Vital statistics of India. Vol. IV, Annual returns from 1871 to 1876. British Army of India, Native Army and jails of Bengal
Year: 1871
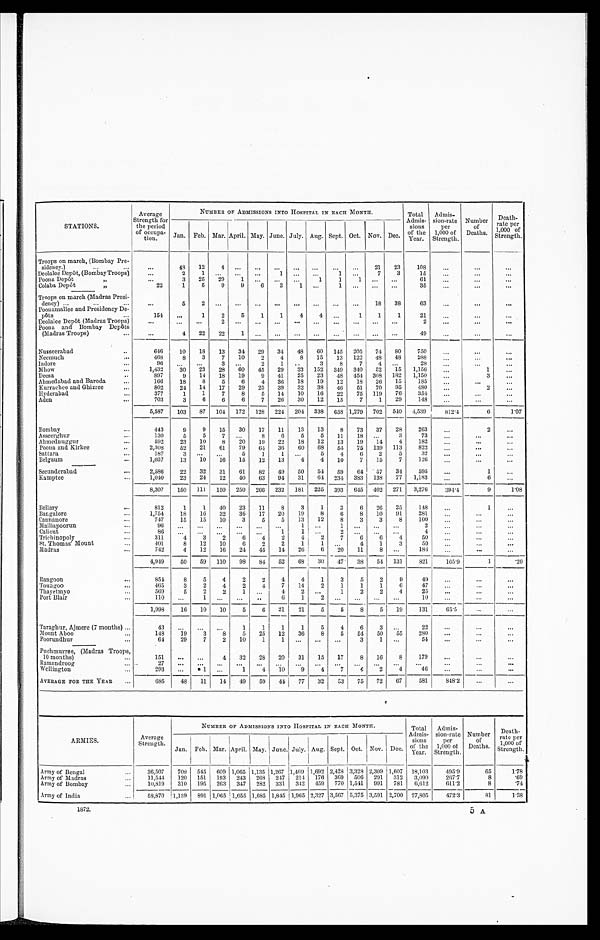
STATIONS.
Average
Strength for
the period
of occupa-
tion.
NUMBER OF ADMISSIONS INTO HOSPITAL IN EACH MONTH.
Total
Admis-
sions
of the
Year.
Admis-
sion-rate
per
1,000 of
Strength.
Number
of
Deaths.
Death-
rate per
1,000 of
Strength.
Jan. Feb. Mar. April. May. June. July. Aug. Sept. Oct. Nov. Dec.
Troops on march, (Bombay Pre-
sidency.)
... ...
...
48 12
4 .....................
21 23
108
...
...
...
Deolalee Depôt, (Bombay Troops)
...
2
1 ... ... ...
1 ... ...
1 ...
7
3
15 ...
...
...
Poona Depôt „
...
3 25 29 1 ... ... ...
1
1
1 ......
61
...
... ...
Colaba Depôt
„
22
1
5
9
9
6
3
1 ... 1 ......... 35
... ...
...
Troops on march (Madras Presi-
dency) ...
... ...
...
5
2
........................
18 38
63
...
...
...
Poonamallee and Presidency De-
pôts ...
154 ...
1
2
5
1
1
4
4 ...
1
1
1
21
...
...
...
Deolalee Depôt (Madras Troops)
...
... ... 2 ...........................
2
...
...
...
Poona and Bombay Depôts
(Madras Troops)
...
...
4 22 22
1 ........................
49 ...
...
...
Nusseerabad
...
646
10 18 13 34 29 34 48 60 145 205 74 80
750
...
...
...
Neemuch ...
468
8
3
7 10
2
4
8 15 13 122 48 48
288 ...
. . .
...
Indore
... 96
......3 ... 2
1 ...
3
8
7
4 ...
28
... ...
...
Mhow
1,432
30 23 28 60 45 29 33 152 349 340 52 15 1,156 ...
1
...
Deesa
...
897
9 14 18 19
9 41 25 23 48 454 308 182 1,150 ...
3
...
Ahmedabad and Baroda
...
166
18
8
5
6
4 36 18 19 12 18 26 15
185
...
... ...
Kurrachee and Ghizree
...
802
24 14 17 29 25 39 32 38 46 51 70 95
480
...
2
...
Hyderabad
...
377
1
1
7
8
5 14 10 16 22 75 119 76
354
...
... ...
Aden
...
703
3
6
6
6
7 26 30 12 15
7
1 29
148 ...
...
...
5,587 103 87 104 172 128 224 204 338 658 1,279 702 540 4,539
812.4
6
1.07
Bombay
...
443
9
9 15 30 17 11 13 13
8 73 37 28
263
...
2
...
Asseerghur
130
5
5 7 ... 8
6
5
5 11
18 ...
3
73
...
...
...
Ahmednuggur
...
592
23 10
8 20 19 22 18 12 13 19 14
4
182
...
...
...
Poona and Kirkee
...
2,308
52 21 61 79 64 36 60 68 54 75 139 113
822
...
...
...
Sattara
...
187
3 ...... 5
1
1 ...
5
4
6
2
5
32
... ...
...
Belgaum...
1,037
13 10 16 15 12 13
4
4 10
7 15
7
126 ...
...
...
Secunderabad ...
2,586
22 32 31 61 82 49 50 54 59 64 57 34
595 ...
1
...
Kamptee
1,040
23 24 12 40 63 94 31 64 234 383 138 77 1,183
...
6
...
8,307 150 111 150 250 266 232 181 225 393 645 402 271 3,276
394.4
9
1.08
Bellary
...
812
1
1 40 23 11
8
3
1
3
6 26 25
148 ...
1
...
Bangalore
1,754
18 16 32 36 17 20 19
8
6
8 10 91
281
...
... ...
Cannanore
...
747
15 15 10
3
5
5 13 12
8
3
3
8
100 ...
...
...
Malliapoorun
96 .................. 1 ...
1 .........
2 ... ... ...
Calicut
...
86 ............... 1
1 ...2 .........
4
...
...
...
Trichinopoly ...
311
4
3
2
6
4
2
4
2
7
6
6
4
50
...
... ...
St. Thomas’ Mount
401
8 12 10
6
2
2
1 1 ... 4
1
3
50
...
...
...
Madras
742
4 12 16 24 45 14 26
6 20 11
8 ... 186
...
... ...
4,949
50 59 110 98 84 52 68 30 47 38 54 131
821
165.9
1
.20
Rangoon
...
854
8
5
4
2
2
4
4
1
3
5
2
9
49
... ...
...
Toungoo
465
3
2
4
2
4
7 14
2
1
1
1
6
47 ... ...
...
Thayetmyo
...
569
5
2
2
1 ... 4
2 ... 1
2
2
4
25
...
...
...
Port Blair
...
110 ...
1 ... ... ..
6
1 2 ............
10 ...
...
...
1,998
16 10 10
5
6 21 21
5
5
8
5 19
131
65.5 ... ...
Taraghur, Ajmere (7 months) ...
43
......
...
1
1
1
1
5
4
6
3 ...
22
...
...
...
Mount Aboo
...
148
19
3
8
5 25 12 36
8
5 54 50 55
280
...
...
...
Poorundhur
...
64
29
7
2 10
1
1 ... ... ...
3 1 ...
54
...
...
...
Puchmurree, (Madras Troops,
10 months)
...
151 ... ...
4 32 28 20 31 15 17
8 16
8
179
...
...
...
Ramandroog
... 27
..................
............ ... ...
...
...
...
...
Wellington
293
... *1 ...
1
4 10
9
4
7 4
2
4
46
...
...
...
AVERAGE FOR THE YEAR ...
685
48 11 14 49 59 44 77 32 33 75 72 67
581
848.2
...
...
e
ARMIES.
Average
Strength.
NUMBER OF ADMISSIONS INTO HOSPITAL IN EA CH MONTH.
Total
Admis-
sions
of the
Year.
Admis-
sion-rate
per
1,000 of
Strength.
Number
of
Deaths.
Death -
rate per
1,000 of
Strength.
Jan. Feb. Mar. April. May. June. July. Aug. Sept. Oct. Nov. Dec.
Army of Bengal...
36,507 709 545 609 1,065 1,135 1,267 1,409 1,692 2,428 3,328 2,309 1,607 18,103
495.9
65
1.78
Army of Madras...
11,544
120 151 193 243 268 247 214 176 369 506 291 312 3,090
267.7
8
.69
Army of Bombay
...
10,819 310 195 263 347 282 331 342 459 770 1,541 991 781 6,612
611.2
8
.74
Army of India...
5 8 , 8 7 0 1,139 891 1,065 1,655 1,685 1,845 1,965 2,327 3,567 5,375 3,591 2,700 27,805
472.3
81
1.38
1872.
5 A